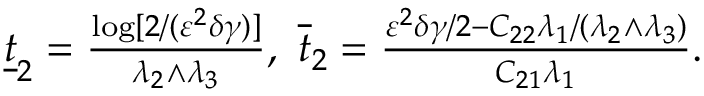
\begin{array} { r } { \underline { { t } } _ { 2 } = \frac { \log [ 2 / ( \varepsilon ^ { 2 } \delta \gamma ) ] } { \lambda _ { 2 } \wedge \lambda _ { 3 } } , ~ \overline { { t } } _ { 2 } = \frac { \varepsilon ^ { 2 } \delta \gamma / 2 - C _ { 2 2 } \lambda _ { 1 } / ( \lambda _ { 2 } \wedge \lambda _ { 3 } ) } { C _ { 2 1 } \lambda _ { 1 } } . } \end{array}